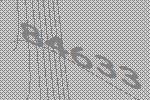
84633